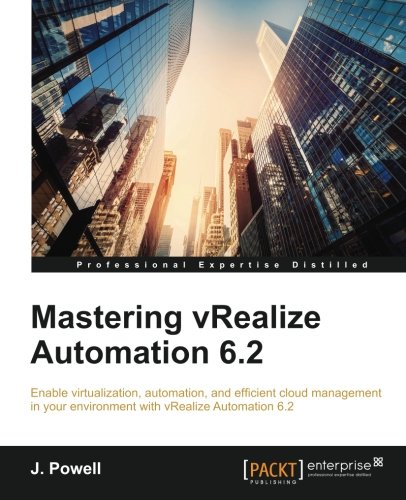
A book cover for Mastering vRealize Automation 6.2; J. Powell; Computers & Technology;